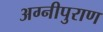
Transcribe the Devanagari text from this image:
अग्नीपुराण